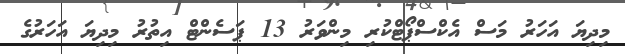
މިދިޔަ އަހަރު މަސް އެކްސްޕޯޓްކުރި މިންވަރު 13 ޕަސެންޓް އިތުރު މިދިޔަ އަހަރުގެ